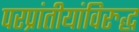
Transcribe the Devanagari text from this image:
परप्रांतीयांविरुद्ध